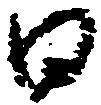
日